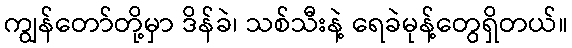
ကျွန်တော်တို့မှာ ဒိန်ခဲ၊ သစ်သီးနဲ့ ရေခဲမုန့်တွေရှိတယ်။